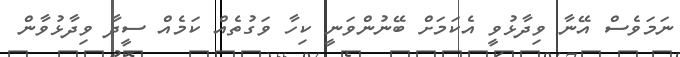
ނަމަވެސް އޭނާ ވިދާޅުވީ އެކަމަށް ބޭނުންވަނީ ކިހާ ވަގުތެއް ކަމެއް ސީދާ ވިދާޅުވާން